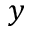
y